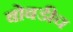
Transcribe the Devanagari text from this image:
बोबडीच